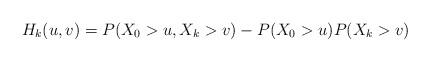
LaTeX: \begin{align*}H_{k}(u,v)=P(X_{0}>u,X_{k}>v)-P(X_{0}>u)P(X_{k}>v) \end{align*}